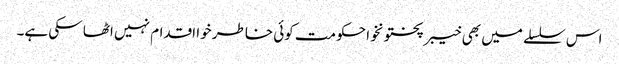
اس سلسلے میں بھی خیبر پختونخوا حکومت کوئی خاطر خوا اقدام نہیں اٹھا سکی ہے۔